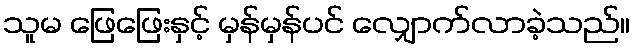
သူမ ဖြေဖြေးနှင့် မှန်မှန်ပင် လျှောက်လာခဲ့သည်။